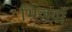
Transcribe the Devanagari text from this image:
भिजवां